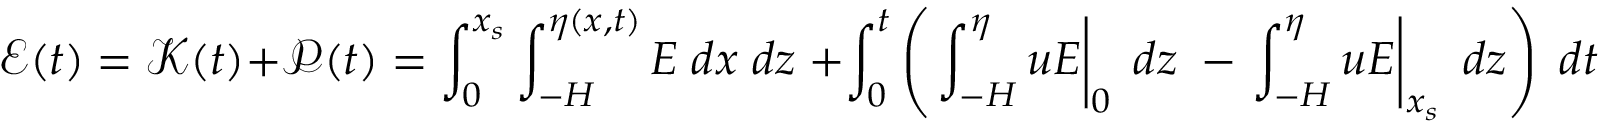
\mathcal { E } ( t ) = \mathcal { K } ( t ) + \mathcal { P } ( t ) = \int _ { 0 } ^ { x _ { s } } \int _ { - H } ^ { \eta ( x , t ) } E \; d x \; d z \; + \int _ { 0 } ^ { t } \left( \left. \int _ { - H } ^ { \eta } u E \right| _ { 0 } \; d z \; - \left. \int _ { - H } ^ { \eta } u E \right| _ { x _ { s } } \; d z \right) \; d t